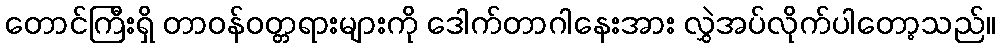
တောင်ကြီးရှိ တာဝန်ဝတ္တရားများကို ဒေါက်တာဂါနေးအား လွှဲအပ်လိုက်ပါတော့သည်။